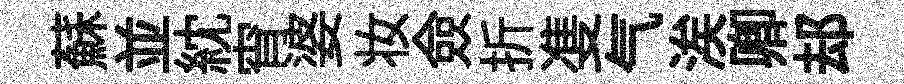
蘇並紞宵婆妆僉折㕠气涘卿𨚫